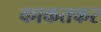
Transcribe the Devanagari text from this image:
काकतकर